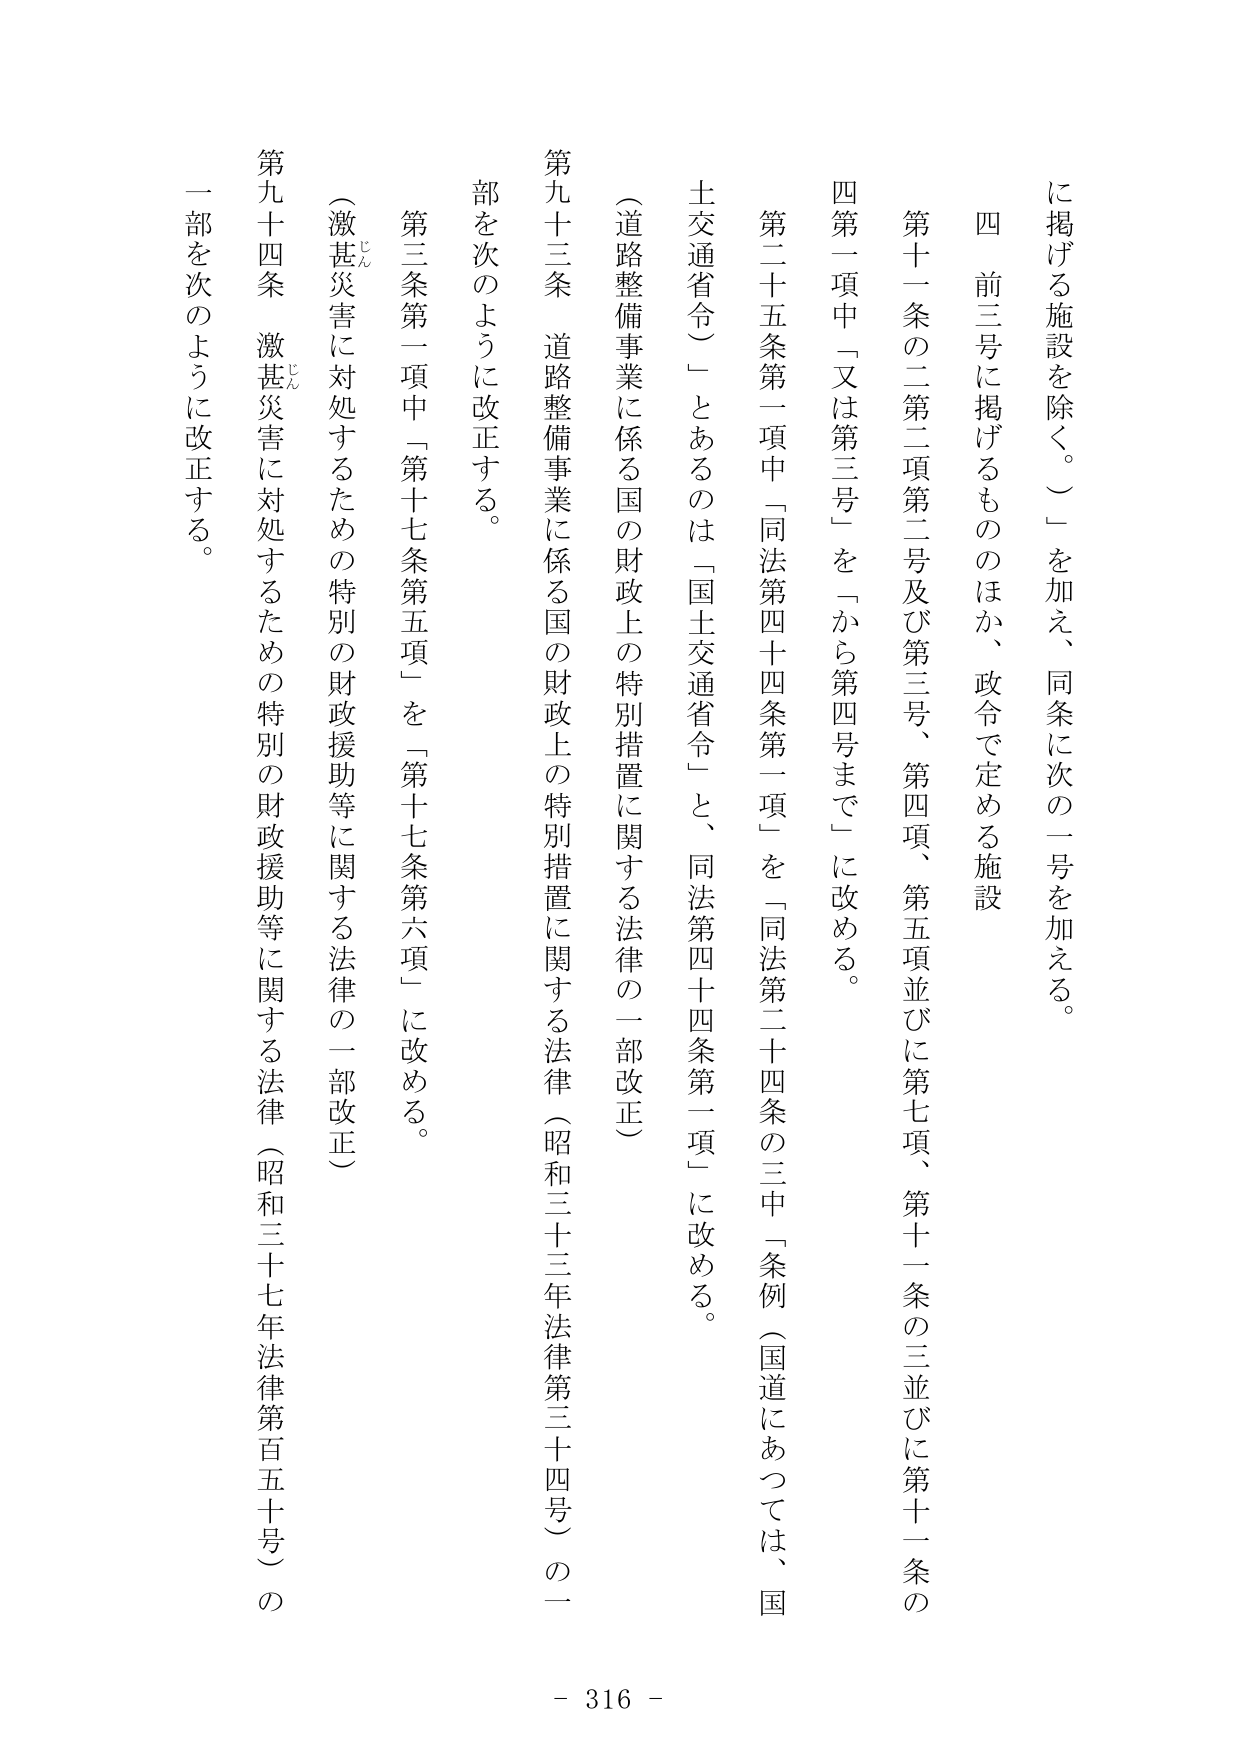
に掲げる施設を除く。）」を加え、同条に次の一号を加える。

四　前三号に掲げるもののほか、政令で定める施設

第十一条の二第二項第二号及び第三号、第四項、第五項並びに第七項、第十一条の三並びに第十一条の四第一項中「又は第三号」を「から第四号まで」に改める。

第二十五条第一項中「同法第四十四条第一項」を「同法第二十四条の三中「条例（国道にあつては、国土交通省令）」とあるのは「国土交通省令」と、同法第四十四条第一項」に改める。

（道路整備事業に係る国の財政上の特別措置に関する法律の一部改正）

第九十三条　道路整備事業に係る国の財政上の特別措置に関する法律（昭和三十三年法律第三十四号）の一部を次のように改正する。

第三条第一項中「第十七条第五項」を「第十七条第六項」に改める。

（激甚災害に対処するための特別の財政援助等に関する法律の一部改正）

第九十四条　激甚災害に対処するための特別の財政援助等に関する法律（昭和三十七年法律第百五十号）の一部を次のように改正する。

- 316 -